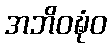
အဘိဝဍ္ဎံဝ